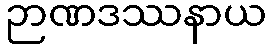
ဉာဏဒဿနာယ